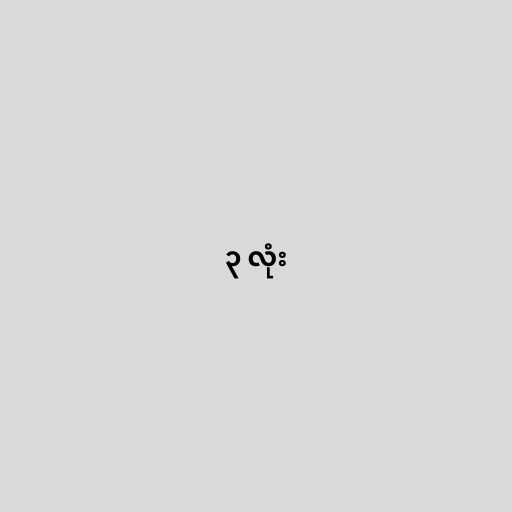
၃ လုံး